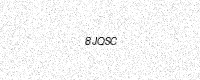
Text: 8JQSC